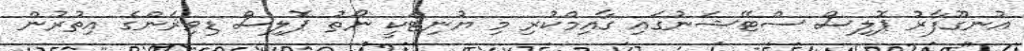
އުނގޫފާރު ޕޮލިސް ސްޓޭޝަނުގައި ގާއިމްކުރި މި ޔުނިޓަކީ ނޯތު ޕޮލިސް ޑިވިޜަންގެ އިތުރުން